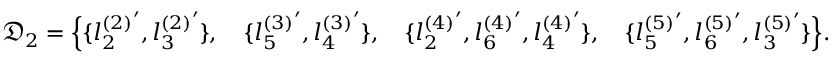
\mathfrak { D } _ { 2 } = \Big \{ \{ { l _ { 2 } ^ { ( 2 ) } } ^ { \prime } , { l _ { 3 } ^ { ( 2 ) } } ^ { \prime } \} , \quad \{ { l _ { 5 } ^ { ( 3 ) } } ^ { \prime } , { l _ { 4 } ^ { ( 3 ) } } ^ { \prime } \} , \quad \{ { l _ { 2 } ^ { ( 4 ) } } ^ { \prime } , { l _ { 6 } ^ { ( 4 ) } } ^ { \prime } , { l _ { 4 } ^ { ( 4 ) } } ^ { \prime } \} , \quad \{ { l _ { 5 } ^ { ( 5 ) } } ^ { \prime } , { l _ { 6 } ^ { ( 5 ) } } ^ { \prime } , { l _ { 3 } ^ { ( 5 ) } } ^ { \prime } \} \Big \} .